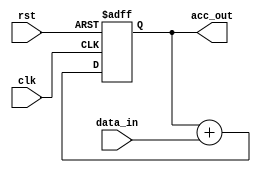
module cascaded_accumulator (
    input wire clk,
    input wire rst,
    input wire [7:0] data_in,
    output wire [15:0] acc_out
);

reg [15:0] acc;

always @(posedge clk or posedge rst) begin
    if (rst) begin
        acc <= 16'b0;
    end
    else begin
        acc <= acc + {8'b0, data_in};
    end
end

assign acc_out = acc;

endmodule